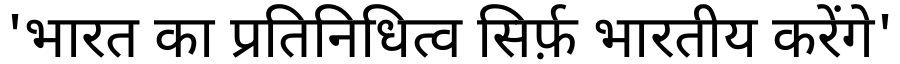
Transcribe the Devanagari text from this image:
'भारत का प्रतिनिधित्व सिर्फ़ भारतीय करेंगे'